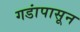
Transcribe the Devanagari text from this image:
गडांपासून